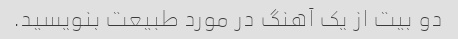
دو بیت از یک آهنگ در مورد طبیعت بنویسید.